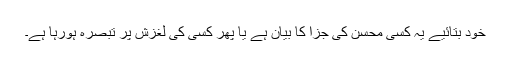
خود بتائیے یہ کسی محسن کی جزا کا بیان ہے یا پھر کسی کی لغزش پر تبصرہ ہورہا ہے۔